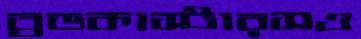
ব্রডকাস্টারসও